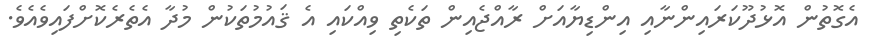
އެގޮތުން އޮޅުދޫކަރައިންނާއި އިންޑިޔާއަށް ރާއްޖެއިން ތަކެތި ވިއްކައި އެ ޤައުމުތަކުން މުދާ އެތެރެކޮށްފައިވެއެވެ.